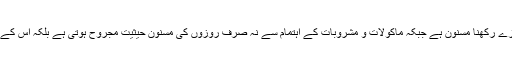
اوّل تو اس لئے کہ ماہِ محرم میں روزے رکھنا مسنون ہے جبکہ ماکولات و مشروبات کے اہتمام سے نہ صرف روزوں کی مسنون حیثیت مجروح ہوتی ہے بلکہ اس کے ساتھ ایک بدعت بھی رواج پاتی ہے۔